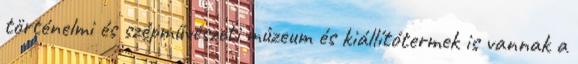
történelmi és szépművészeti múzeum és kiállítótermek is vannak a